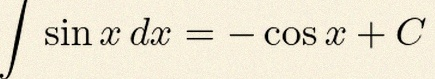
\int \sin x\,dx=-\cos x+C